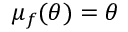
\mu _ { f } ( \theta ) = \theta